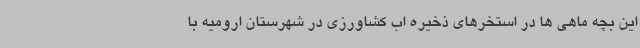
این بچه ماهی ها در استخرهای ذخیره اب کشاورزی در شهرستان ارومیه با